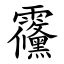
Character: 䨹